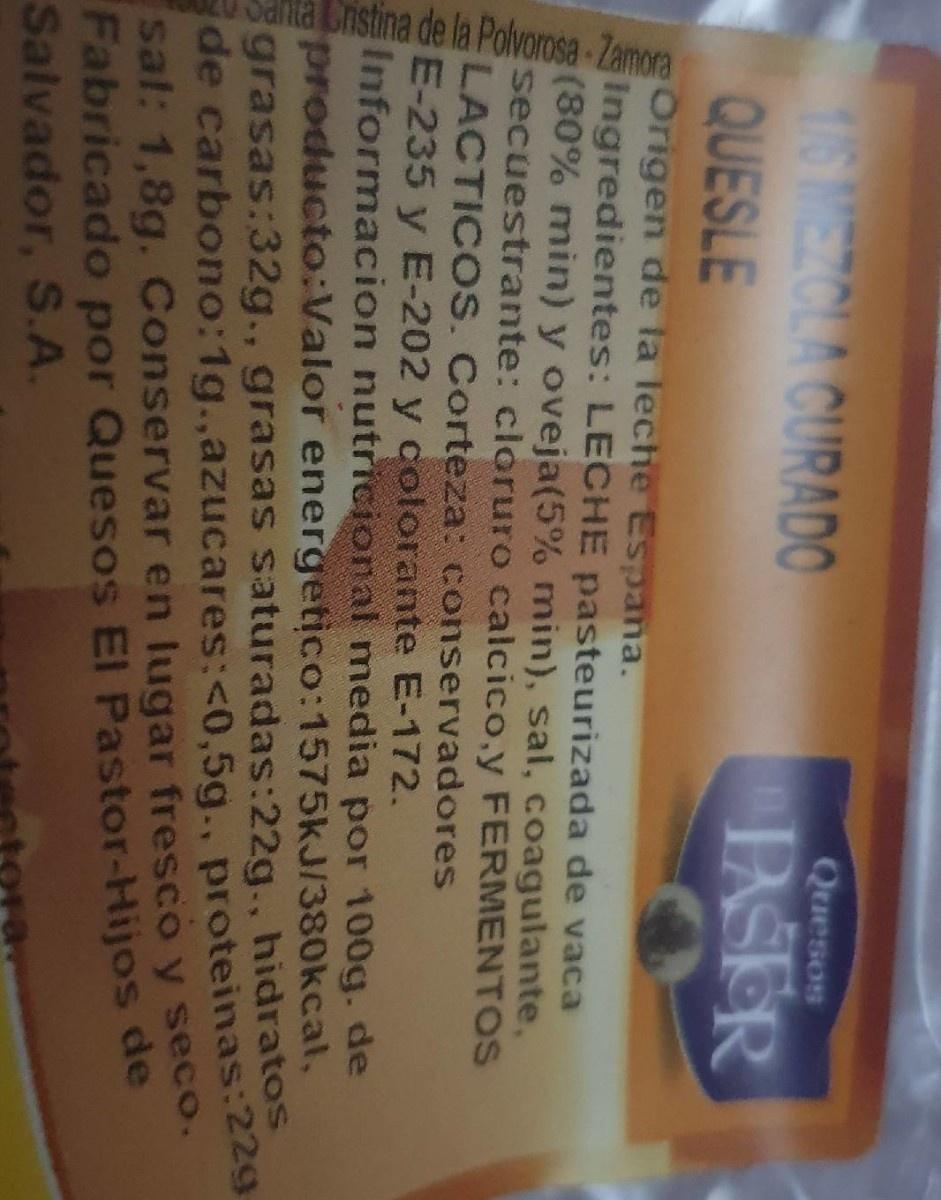
16MEZCLA CURAD0 QUESLE
Quesos
PSER
Origen de la leche Espana. Ingredientes: LECHE pasteurizada de vaca (80% min) y oveja(5% min), sal, coagulante, secuestrante: cloruro calcico,y FERMENTOS LACTICOS. Corteza: conservadores SE-235 y E-202 y colorante E-172. Informacion nutricional media por 100g. de producto:Valor energetico:1575KJ/380kcal, grasas:32g., grasas saturadas:22g., hidratos de carbono:1g..,azucares:<0,5g., proteinas:22 sal: 1,8g. Conservar en lugar fresco y seco. Fabricado por Quesos El Pastor-Hijos de Salvador, S.A.